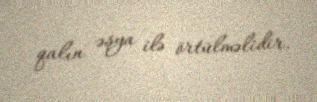
qalın əşya ilə örtülməlidir.